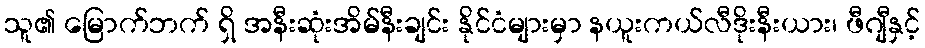
သူ၏ မြောက်ဘက် ရှိ အနီးဆုံးအိမ်နီးချင်း နိုင်ငံများမှာ နယူးကယ်လီဒိုးနီးယား၊ ဖီဂျီနှင့်